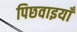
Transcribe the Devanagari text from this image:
पिछवाइयाँ